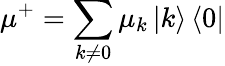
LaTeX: {{\mu}^{+}}=\sum_{k\ne 0}{{{\mu}_{k}}}\left\vert k\right\rangle\left\langle 0\right\vert